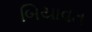
બિયાવત